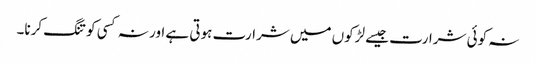
نہ کوئی شرارت جیسے لڑکوں میں شرارت ہوتی ہے اور نہ کسی کو تنگ کرنا۔